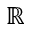
\mathbb { R }